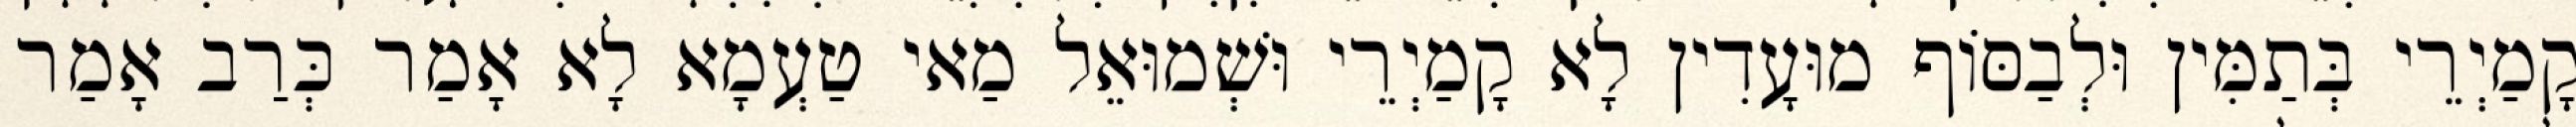
קָמַיְרֵי בְּתַמִּין וּלְבַסּוֹף מוּעָדִין לָא קָמַיְרֵי וּשְׁמוּאֵל מַאי טַעְמָא לָא אָמַר כְּרַב אָמַר